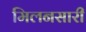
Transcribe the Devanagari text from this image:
मिलनसारी